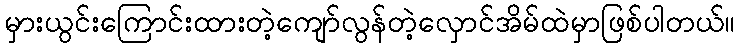
မှားယွင်းကြောင်းထားတဲ့ကျော်လွန်တဲ့လှောင်အိမ်ထဲမှာဖြစ်ပါတယ်။